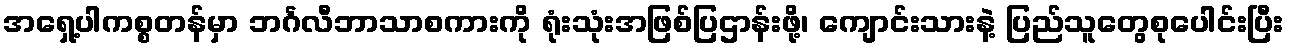
အရှေ့ပါကစ္စတန်မှာ ဘင်္ဂလီဘာသာစကားကို ရုံးသုံးအဖြစ်ပြဌာန်းဖို့၊ ကျောင်းသားနဲ့ ပြည်သူတွေစုပေါင်းပြီး